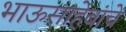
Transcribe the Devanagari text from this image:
भाऊसाहेबांचे